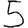
Digit: 5